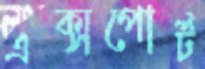
এক্সপোর্ট